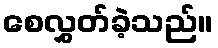
စေလွှတ်ခဲ့သည်။